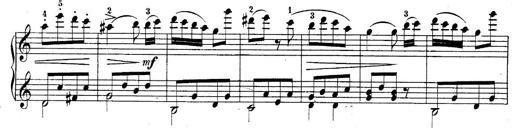
Title: 10 Sonatines progressives
Composer: Anton Schmoll